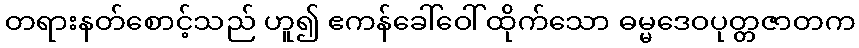
တရားနတ်စောင့်သည် ဟူ၍ ဧကန်ခေါ်ဝေါ်ထိုက်သော ဓမ္မဒေဝပုတ္တဇာတက